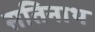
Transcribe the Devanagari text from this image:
सतिनाथ